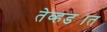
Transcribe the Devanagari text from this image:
तेव्हड्यात